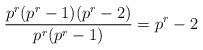
LaTeX: \begin{align*}\frac{p^r(p^r-1)(p^r-2)}{p^r(p^r-1)} = p^r-2\end{align*}